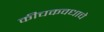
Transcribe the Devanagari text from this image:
कीचकवधाचे